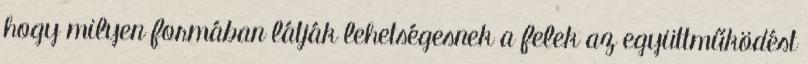
hogy milyen formában látják lehetségesnek a felek az együttműködést